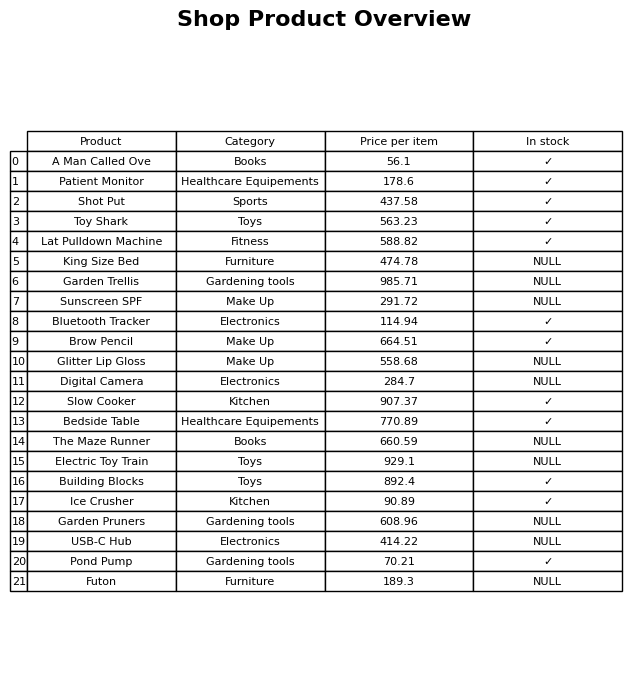
question: What is the stock status of the Lat Pulldown Machine?
answer: ✓